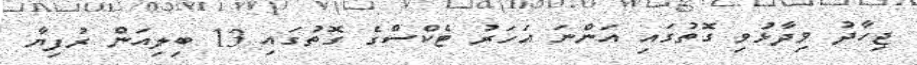
ޖިހާދު ވިދާޅުވި ގޮތުގައި އަންނަ އަހަރު ޓެކްސްގެ ގޮތުގައި 13 ބިލިއަން ރުފިޔާ